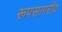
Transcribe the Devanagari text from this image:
रूपसागरीय